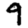
Digit: 9